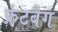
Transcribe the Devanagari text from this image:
फ्रंटबैग